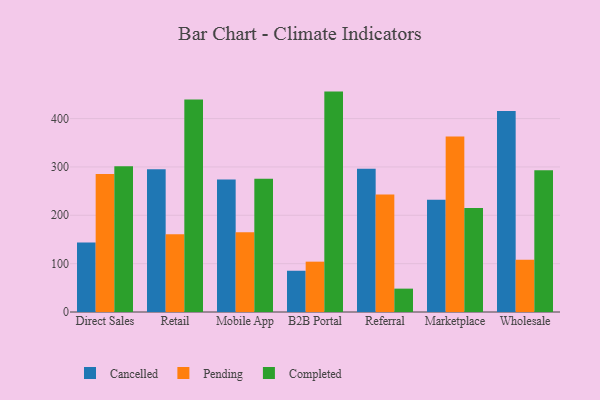
{"axis": {"x": "Channel", "y": "Net Income (USD K)"}, "legend": ["Cancelled", "Completed", "Pending"], "data": [{"x": "Direct Sales", "y": 143.9, "type": "Cancelled"}, {"x": "Direct Sales", "y": 285.5, "type": "Pending"}, {"x": "Direct Sales", "y": 301.3, "type": "Completed"}, {"x": "Retail", "y": 295.2, "type": "Cancelled"}, {"x": "Retail", "y": 160.6, "type": "Pending"}, {"x": "Retail", "y": 439.5, "type": "Completed"}, {"x": "Mobile App", "y": 274.1, "type": "Cancelled"}, {"x": "Mobile App", "y": 165.1, "type": "Pending"}, {"x": "Mobile App", "y": 275.5, "type": "Completed"}, {"x": "B2B Portal", "y": 85.3, "type": "Cancelled"}, {"x": "B2B Portal", "y": 104.1, "type": "Pending"}, {"x": "B2B Portal", "y": 455.8, "type": "Completed"}, {"x": "Referral", "y": 296.2, "type": "Cancelled"}, {"x": "Referral", "y": 243.2, "type": "Pending"}, {"x": "Referral", "y": 48.3, "type": "Completed"}, {"x": "Marketplace", "y": 232.3, "type": "Cancelled"}, {"x": "Marketplace", "y": 362.9, "type": "Pending"}, {"x": "Marketplace", "y": 215.3, "type": "Completed"}, {"x": "Wholesale", "y": 415.9, "type": "Cancelled"}, {"x": "Wholesale", "y": 108.3, "type": "Pending"}, {"x": "Wholesale", "y": 293.1, "type": "Completed"}]}